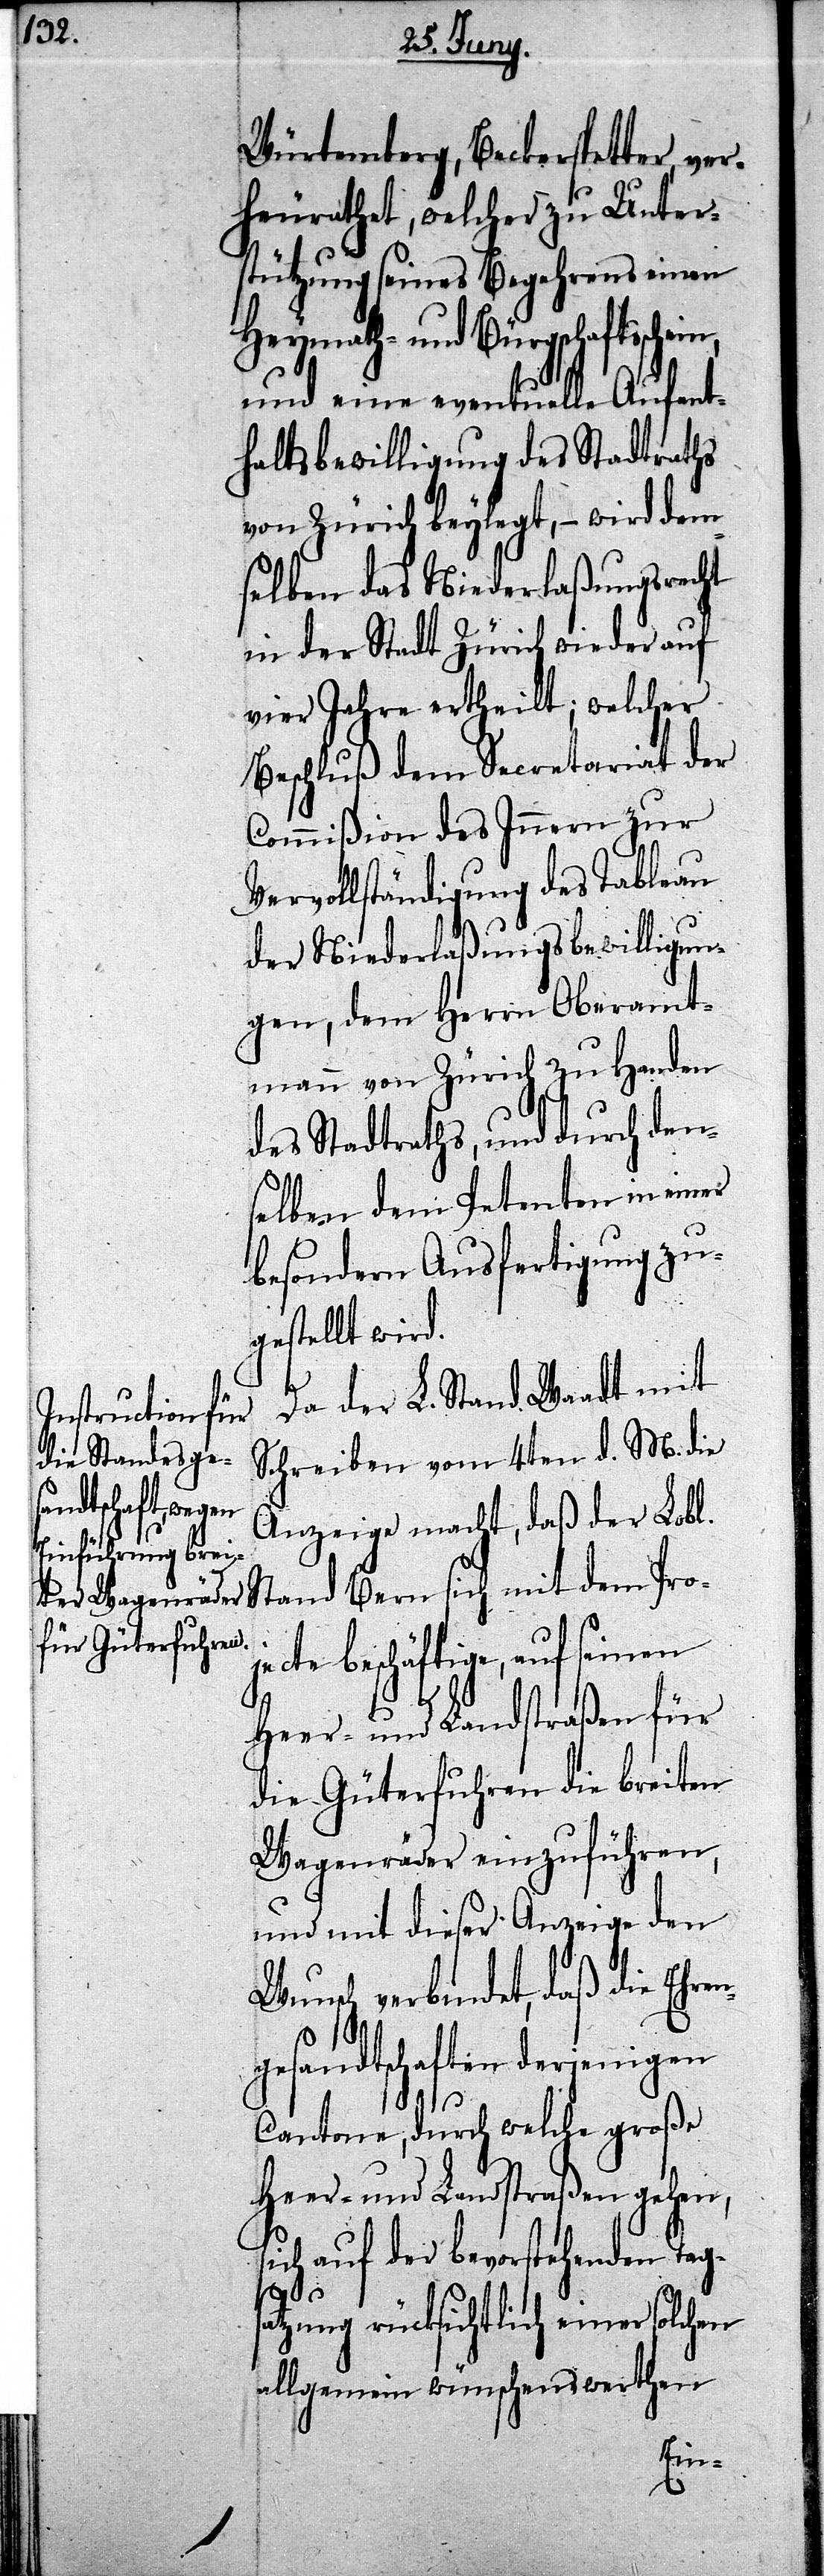
Würtemberg, Beckerspetter, ver¬
heurathet, welcher zu Unter¬
stützung seines Begehrens einen
Heymath- und Bürgschaftsc¬
und eine eventuelle Aufent¬
haltsbewilligung des Stadtraths
von Zürich beylegt, – wird dem
selben das Niederlaßungsrecht
in der Stadt Zürich wieder auf
vier Jahre ertheilt; welcher
Beschluß dem Secretariat der
Commißion des Innern zur
Vervollständigung des Tableau
der Niederlaßungsbewilligun¬
gen, dem Herrn Oberamt¬
mann von Zürich zu Handen
des Stadtraths, und durch den¬
selben dem Petenten in einer
besondern Ausfertigung zu¬
gestellt wird.
Da der L. Stand Waadt mit
Schreiben vom 4ten d. M. die
Anzeige macht, daß der Lobl.
jecte beschäftige, auf seinen
ng¬
Heer- und Landstraßen für
die Güterfuhren die breiten
Wagenräder einzuführen,
und mit dieser Anzeige den
Wunsch verbindet, daß die Ehre¬
esandtschaften derjenigen
Cantone, durch welche große
Heer- und Landstraßen gehen,
sich auf der bevorstehenden Tags¬
atzung rücksichtlich einer solchen
allgemein wünschenswerthen
hein,